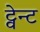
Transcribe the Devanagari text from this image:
ट्वेन्ट